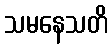
သမနေသတိ